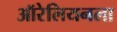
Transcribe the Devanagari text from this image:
ऑरेलियनला